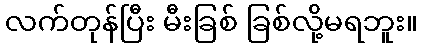
လက်တုန်ပြီး မီးခြစ် ခြစ်လို့မရဘူး။